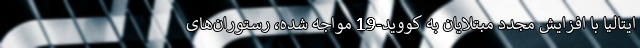
ایتالیا با افزایش مجدد مبتلایان به کووید-19 مواجه شده، رستوران‌های